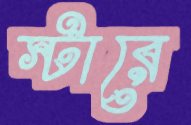
স্টারে